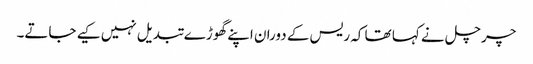
چرچل نے کہا تھا کہ ریس کے دوران اپنے گھوڑے تبدیل نہیں کیے جاتے۔